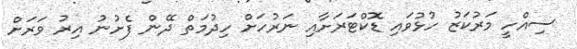
ސިއްހީ މަރުކަޒު ހުޅުވައި ޑޮކްޓަރަށާއި ނަރުހަށް ހިދުމަތް ދޭން ފެށުނު އިރު ވަރަށް